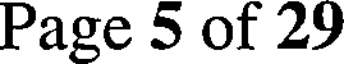
Page 5 of 29